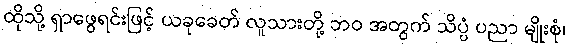
ထိုသို့ ရှာဖွေရင်းဖြင့် ယခုခေတ် လူသားတို့ ဘဝ အတွက် သိပ္ပံ ပညာ မျိုးစုံ၊